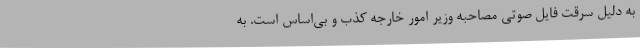
به دلیل سرقت فایل صوتی مصاحبه وزیر امور خارجه کذب و بی‌اساس است. به